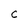
Character: C